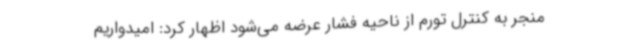
منجر به کنترل تورم از ناحیه فشار عرضه می‌شود اظهار کرد: امیدواریم